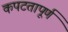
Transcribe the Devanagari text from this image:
कपटतापूर्ण